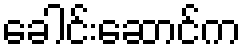
ခေါင်းဆောင်က